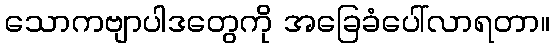
သောကဗျာပါဒတွေကို အခြေခံပေါ်လာရတာ။